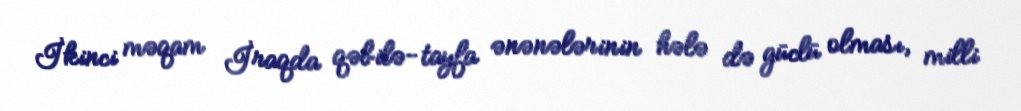
İkinci məqam İraqda qəbilə-tayfa ənənələrinin hələ də güclü olması, milli